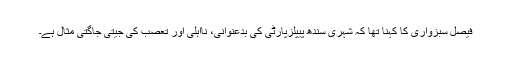
فیصل سبزواری کا کہنا تھا کہ شہری سندھ پیپلزپارٹی کی بدعنوانی، نااہلی اور تعصب کی جیتی جاگتی مثال ہے۔